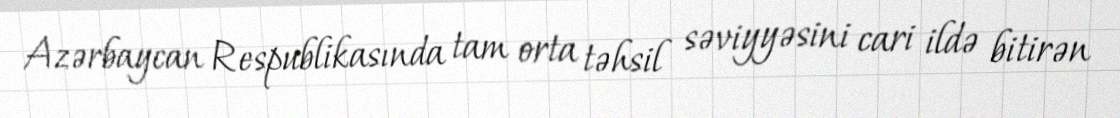
Azərbaycan Respublikasında tam orta təhsil səviyyəsini cari ildə bitirən